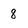
Character: 8